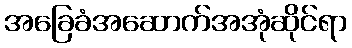
အခြေခံအဆောက်အအုံဆိုင်ရာ